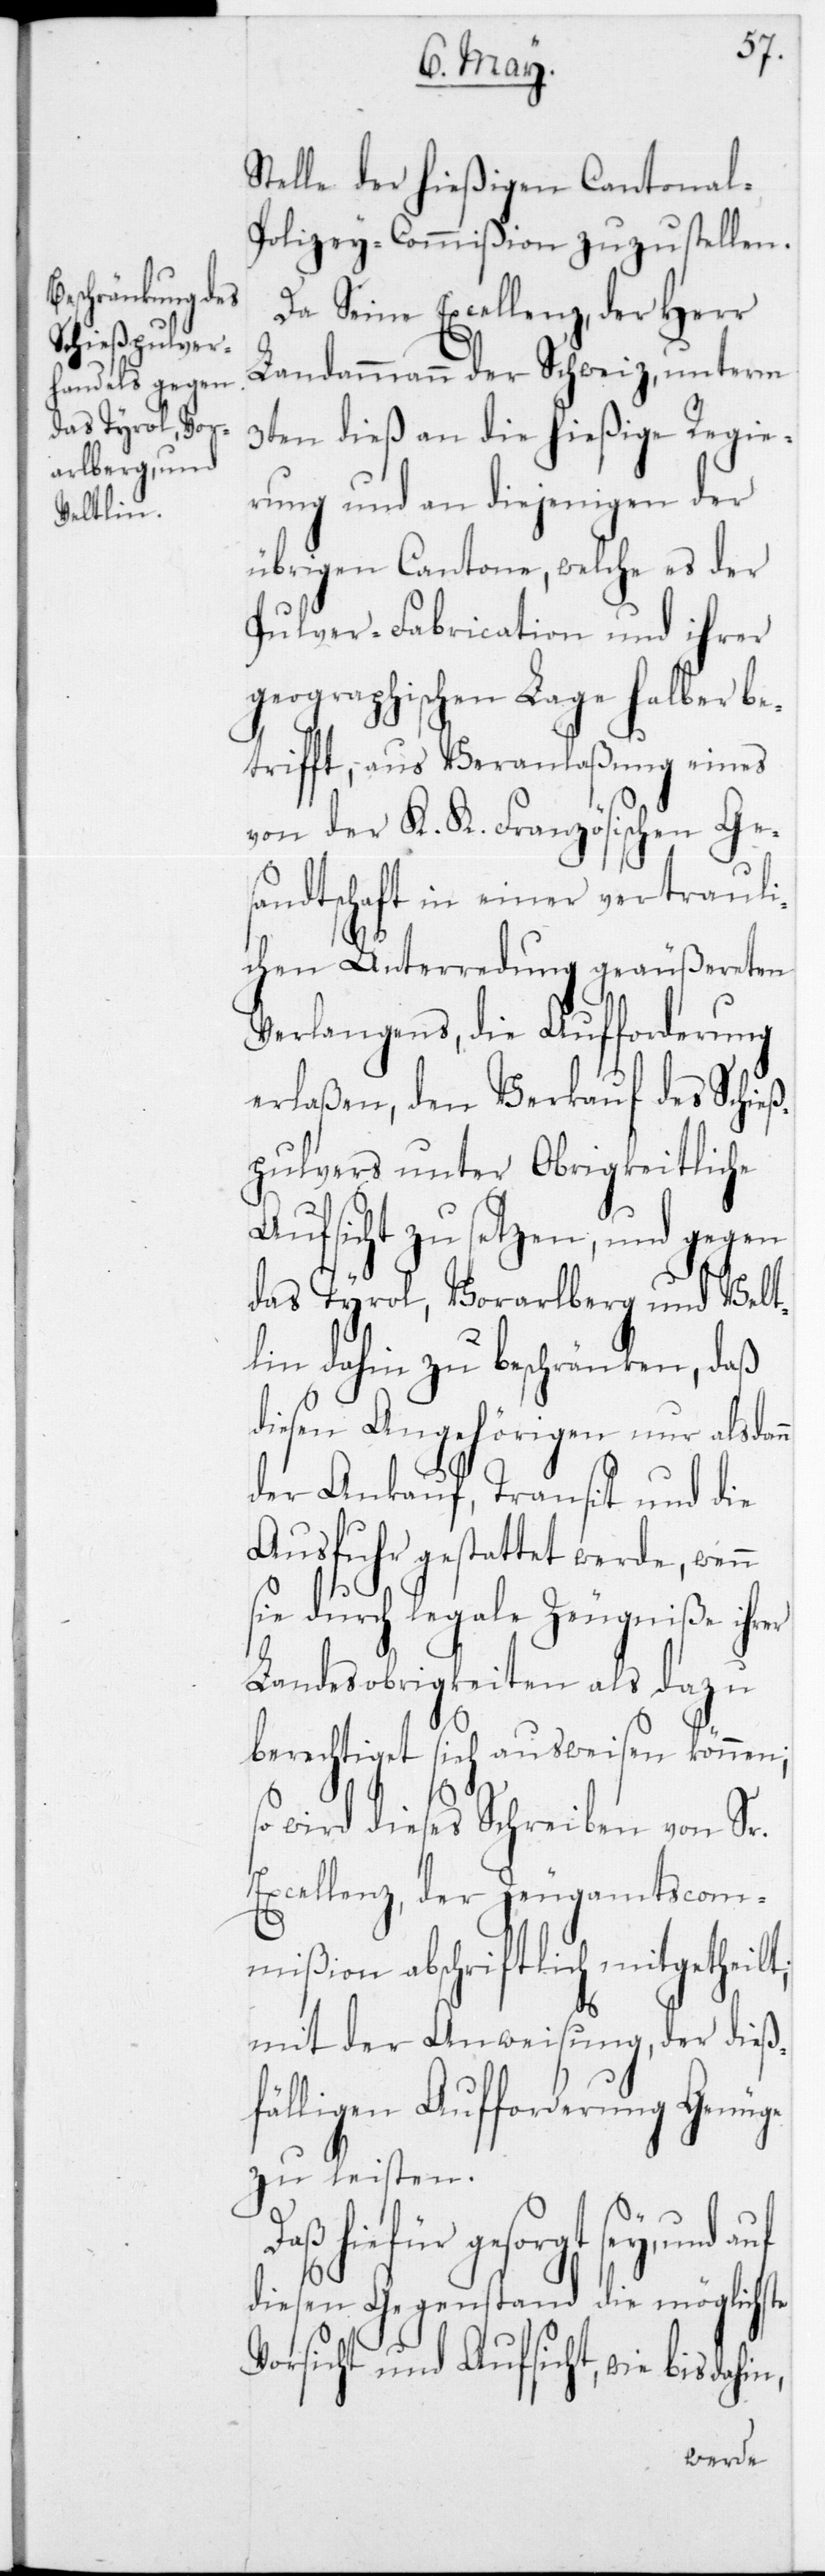
das Tyrol, Vor¬
arlberg und
Veltlin

Stelle der hießigen Cantonal-P¬
olizey-Commißion zuzustellen.
Da Seine Excellenz, der Herr
Landammann der Schweiz, unterm
3ten dieß an die hießige Regie¬
rung und an diejenigen der
übrigen Cantone, welche es der
Pulver-Fabrication und ihrer
geographischen Lage halber be¬
trifft, aus Veranlaßung eines
von der K. K. Französischen Ge¬
sandtschaft in einer vertraul¬
ichen Unterredung geäußereten
Verlangens, die Aufforderung
erlaßen, den Verkauf des Schieß¬
pulvers unter Obrigkeitliche
Aufsicht zu setzen, und gegen
daß
diesen Angehörigen nur alsdann
der Ankauf, Transit und die
Ausfuhr gestattet werde, wenn
sie durch legale Zeugniße ihrer
Landesobrigkeiten als dazu
berechtiget sich ausweisen können;
wird dieses Schreiben von Sr.
Excellenz, der Zeugamtscom¬
mißion abschriftlich mitgetheilt;
mit der Anweisung, der dieß¬
fälligen Aufforderung Genüge
zu leisten.
Daß hiefür gesorgt sey, und
diesen Gegenstand die möglichste
Vorsicht und Aufsicht, wie bis